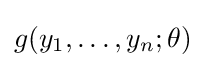
g(y_{1},\dots ,y_{n};\theta )